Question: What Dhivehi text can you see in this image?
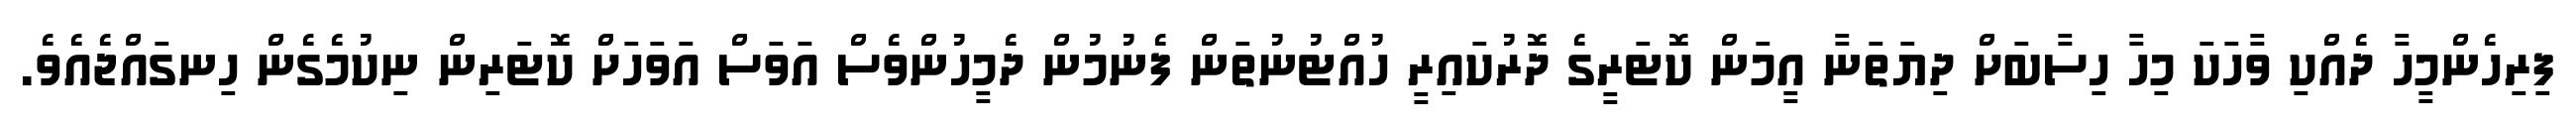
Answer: ފިރިހެންމީހާ ދެއްކި ވާހަކަ މިހާ ހިސާބަށް ދިޔަތަނާ އީމަން ކޮޓަރީގެ ދޮރުކައިރީ ހުއްޓުނުތަން ފެނުމުން ދެމީހުންވެސް އަވަސް އަވަހަށް ކޮޓަރިން ނިކުމެގެން ހިނގައްޖެއެވެ.